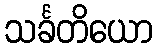
သင်္ခတိယော